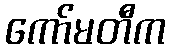
ကော်မတီက